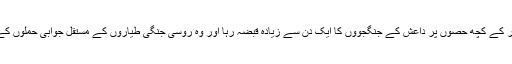
بتایا جاتا ہے کہ شہر کے کچھ حصوں پر داعش کے جنگجووں کا ایک دن سے زیادہ قبضہ رہا اور وہ روسی جنگی طیاروں کے مستقل جوابی حملوں کے بعد ہی پسپا ہوئے۔